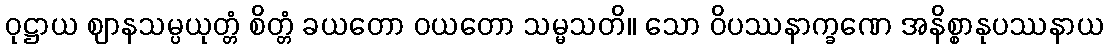
ဝုဋ္ဌာယ ဈာနသမ္ပယုတ္တံ စိတ္တံ ခယတော ဝယတော သမ္မသတိ။ သော ဝိပဿနာက္ခဏေ အနိစ္စာနုပဿနာယ